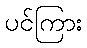
ပင်ကြား